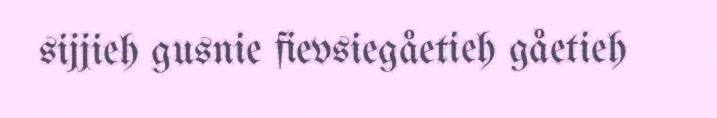
sijjieh gusnie fievsiegåetieh gåetieh